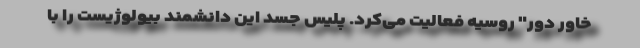
خاور دور" روسیه فعالیت می‌کرد. پلیس جسد این دانشمند بیولوژیست را با